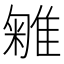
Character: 𨿥